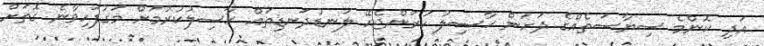
އަދި ކޮންމެ ސިޔާސަތެއްގެ ދަށުން ޙާޞިލު ކުރަންޖެހޭ ލަނޑުދަނޑިތައް ޙާޞިލުކުރުމަށް މަގުފަހިވާނެ ގޮތަށް